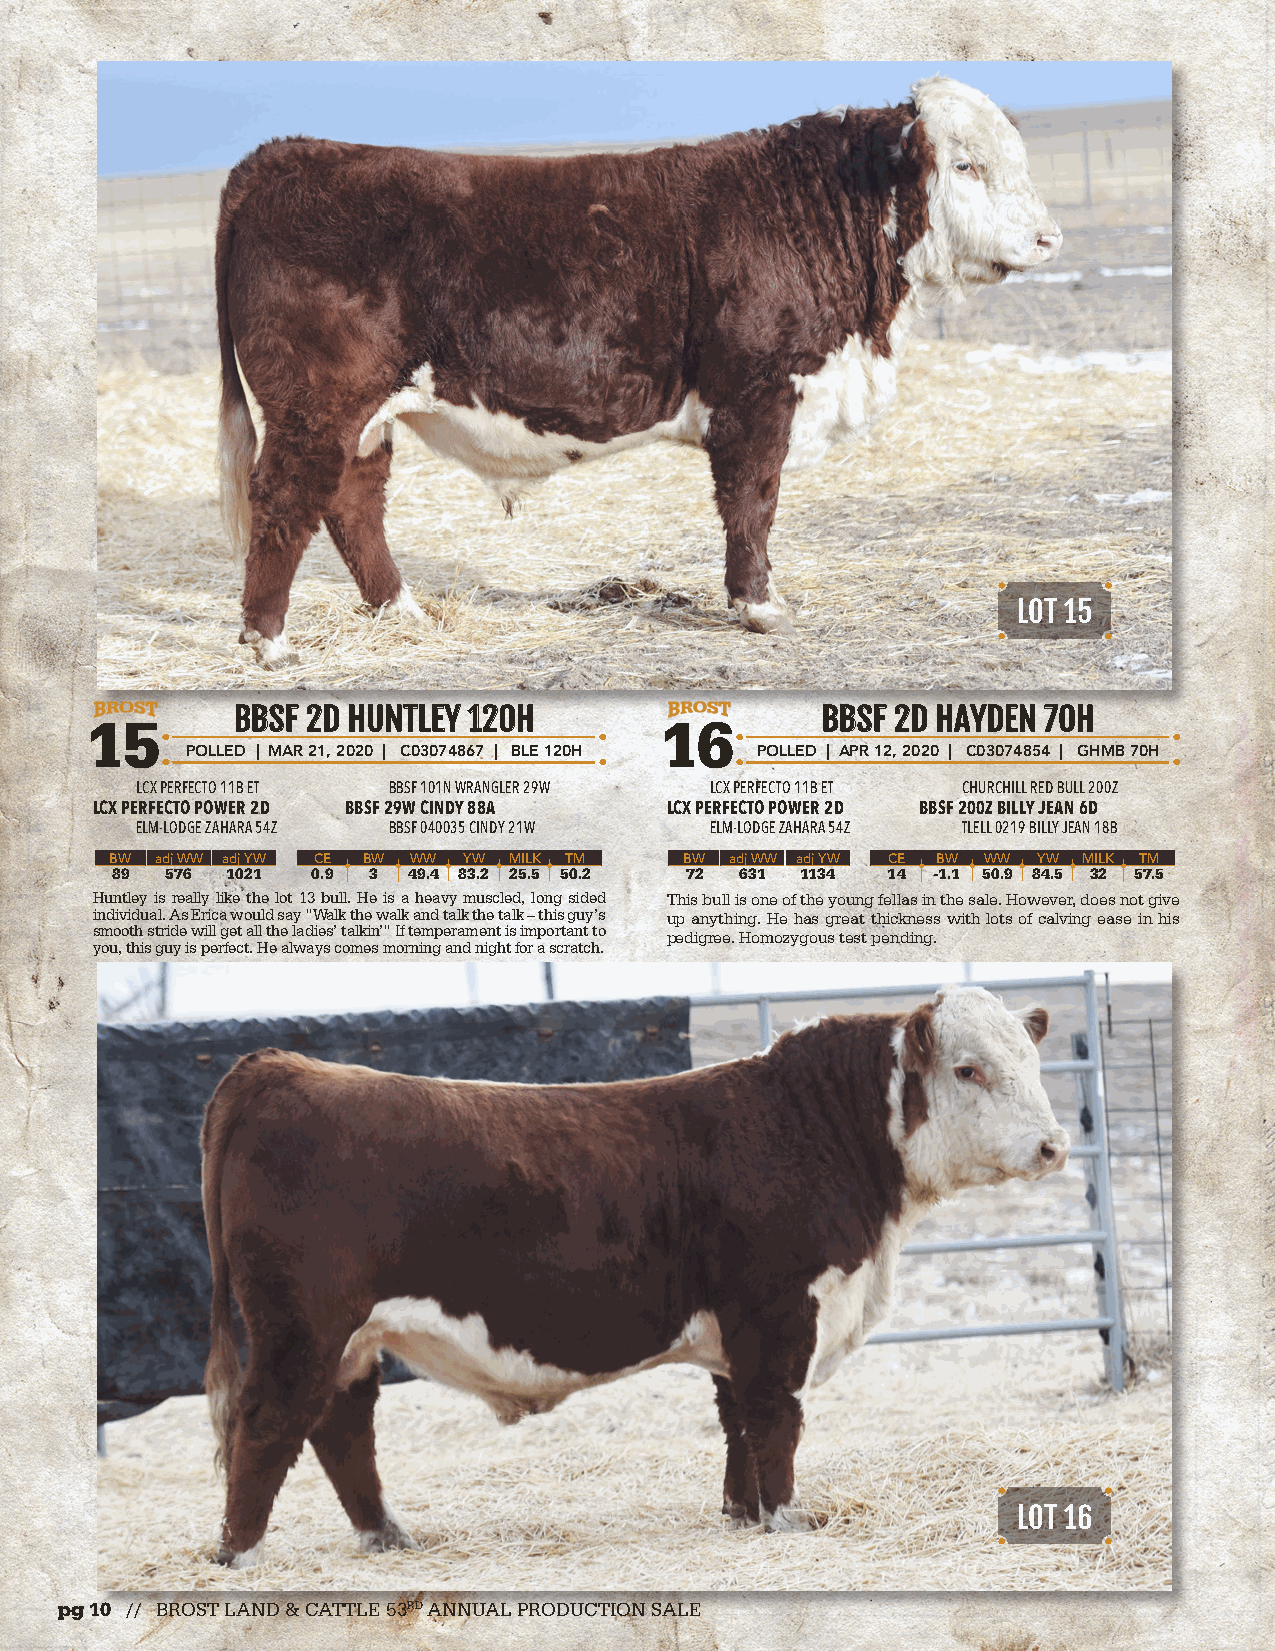
LOT 15
 BBBBSSFF 22DD HHUUNNTTLLEEYY 112200HH  BBBBSSFF 22DD HHAAYYDDEENN 7700HH
 15                                    16
 POLLED | MAR 21, 2020 | C03074867 | BLE 120H POLLED | APR 12, 2020 | C03074854 | GHMB 70H
 LCX PERFECTO 11B ET BBSF 101N WRANGLER 29W LCX PERFECTO 11B ET CHURCHILL RED BULL 200Z
 LCX PERFECTO POWER 2D BBSF 29W CINDY 88A LCX PERFECTO POWER 2D BBSF 200Z BILLY JEAN 6D
 ELM-LODGE ZAHARA 54Z BBSF 040035 CINDY 21W ELM-LODGE ZAHARA 54Z TLELL 0219 BILLY JEAN 18B
 BW adj WW adj YW CE BW WW YW MILK TM  BW adj WW adj YW CE BW WW YW MILK TM
 89  576 1021  0.9 3 49.4 83.2 25.5 50.2 72 631 1134 14 -1.1 50.9 84.5 32 57.5
 Huntley is really like the lot 13 bull. He is a heavy muscled, long sided This bull is one of the young fellas in the sale. However, does not give
 individual. As Erica would say “Walk the walk and talk the talk – this guy’s up anything. He has great thickness with lots of calving ease in his
 smooth stride will get all the ladies’ talkin’” If temperament is important to pedigree. Homozygous test pending.
 you, this guy is perfect. He always comes morning and night for a scratch.
 LOT 16
 pg 10 // BROST LAND & CATTLE 53RD ANNUAL PRODUCTION SALE